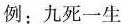
例：九死一生